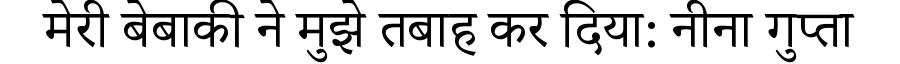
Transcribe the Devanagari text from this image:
मेरी बेबाकी ने मुझे तबाह कर दिया: नीना गुप्ता